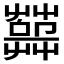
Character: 𦽱